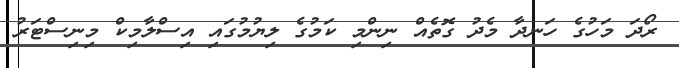
ރޯދަ މަހުގެ ހަނދާ މެދު ގޮތެއް ނިންމި ކަމުގެ ލިޔުމުގައި އިސްލާމިކް މިނިސްޓަރު